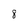
Character: 8